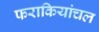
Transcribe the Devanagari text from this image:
फराकियांचल